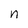
Character: n